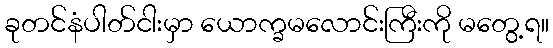
ခုတင်နံပါတ်ငါးမှာ ယောက္ခမလောင်းကြီးကို မတွေ့ရ။